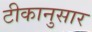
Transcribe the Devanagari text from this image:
टीकानुसार